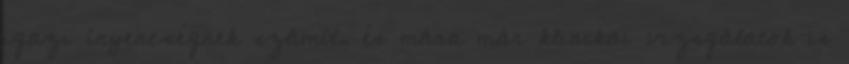
igazi ínyencségnek számít, és mára már klinikai vizsgálatok is